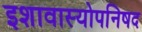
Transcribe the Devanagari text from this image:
इशावास्योपनिषद